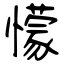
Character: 懞